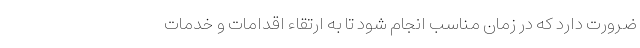
ضرورت دارد که در زمان مناسب انجام شود تا به ارتقاء اقدامات و خدمات